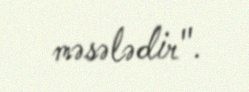
məsələdir".